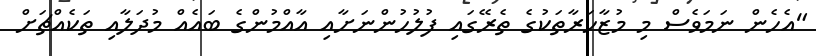
"އެހެން ނަމަވެސް މި މުޒާހަރާތަކުގެ ތެރޭގައި ފުލުހުންނަށާއި އާއްމުންގެ ބައެއް މުދަލާއި ތަކެއްޗަށް